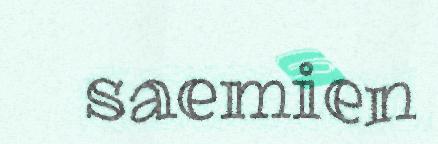
saemien